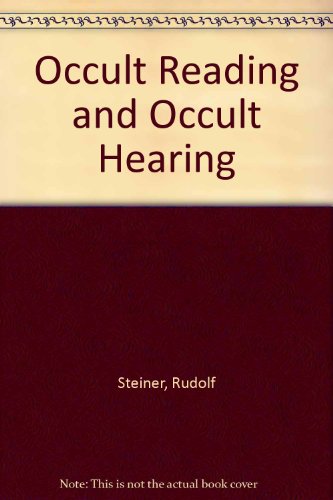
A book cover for Occult Reading and Occult Hearing; Rudolf Steiner; Religion & Spirituality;